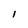
Character: l